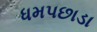
ધમપછાડા